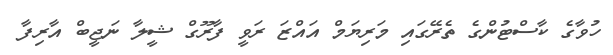
ހުވާގެ ކާސްޓުންގެ ތެރޭގައި މަރިޔަމް އައްޒަ ރަވީ ފާރޫގް ޝީލާ ނަޖީބް އާރިފާ